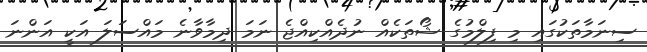
ސިނަމާތަކުގައި މި ފިލްމުގެ ޝޯތަކެއް ނުދެއްކިއްޖެ ނަމަ ދިމާވާނެ މައްސަލަ އަކީ އަންނަ